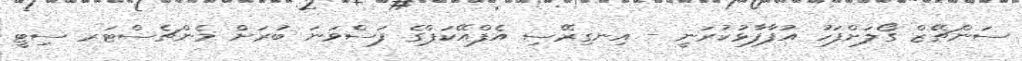
ސަންޗޭޒް ގޯލަށްފަހު އުފާފާޅުކުރަނީ - އިނގިރޭސި އެފްއޭކަޕްގެ ފަސްވަނަ ބުރަށް މެންޗެސްޓަރ ސިޓީ